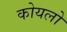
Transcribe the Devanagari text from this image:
कोयलो